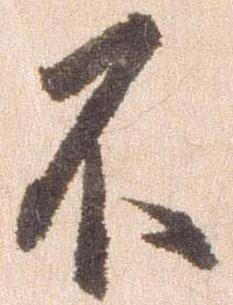
不